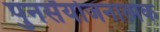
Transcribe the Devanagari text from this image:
पुनर्संयोजनात्मक